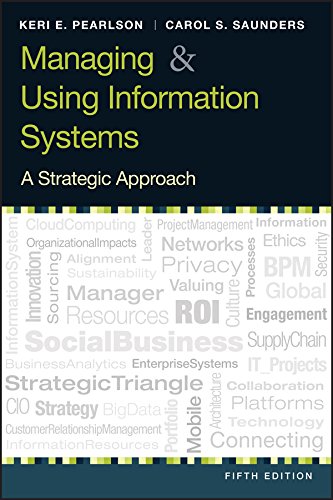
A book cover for Managing and Using Information System; Keri E. Pearlson; Computers & Technology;